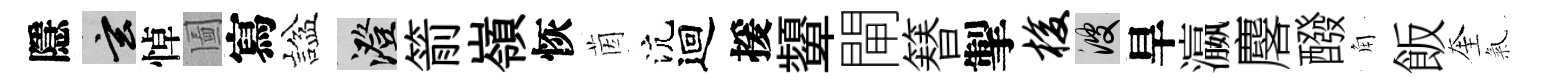
隱玄悼圗寫諡澄箭嶺恢茵沆迴援顰閘簮掣梭彼旱瀛麐醱角飯奎氣